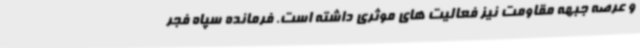
و عرصه جبهه مقاومت نیز فعالیت های موثری داشته است. فرمانده سپاه فجر